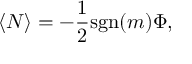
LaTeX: \langle N \rangle = - { \frac { 1 } { 2 } } \mathrm { s g n } ( m ) \Phi ,